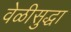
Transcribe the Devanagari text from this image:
वेळीसुद्धा